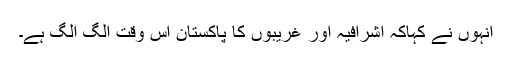
انہوں نے کہاکہ اشرافیہ اور غریبوں کا پاکستان اِس وقت الگ الگ ہے۔